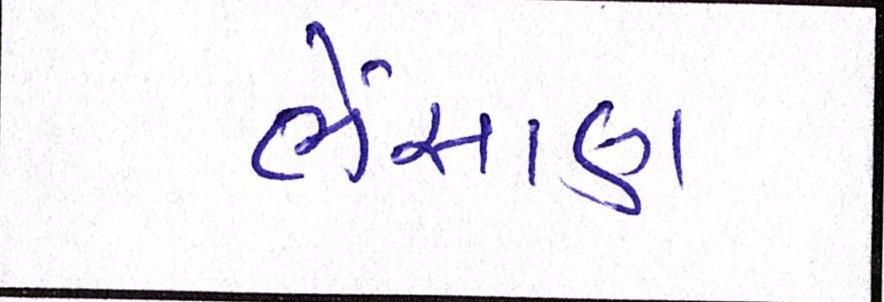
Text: ભેંસાણ